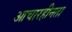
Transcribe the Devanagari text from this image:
आचारहीनता